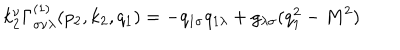
k _ { 2 } ^ { \nu } \Gamma _ { \sigma \nu \lambda } ^ { ( 1 ) } ( p _ { 2 } , k _ { 2 } , q _ { 1 } ) = - q _ { 1 \sigma } q _ { 1 \lambda } + g _ { \lambda \sigma } ( q _ { 1 } ^ { 2 } - M ^ { 2 } )